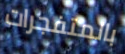
بالمتفجرات